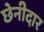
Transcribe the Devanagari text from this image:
छेनीदार